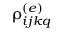
\uprho _ { i j k q } ^ { ( e ) }